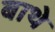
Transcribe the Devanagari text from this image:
बाथे